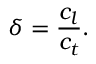
\delta = \frac { c _ { l } } { c _ { t } } .